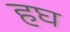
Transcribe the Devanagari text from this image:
हघ